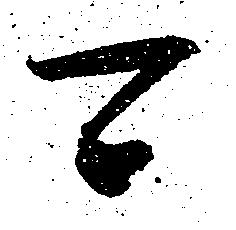
可